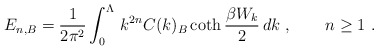
\begin{align*}E_{n,B}=\frac1{2\pi^2}\int_0^\Lambda\,k^{2n}C(k)_B \coth\frac{\beta W_k}2\,dk\ ,\qquad n\ge1\ .\end{align*}